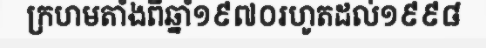
ក្រហមតាំងពីឆ្នាំ១៩៧០រហូតដល់១៩៩៨